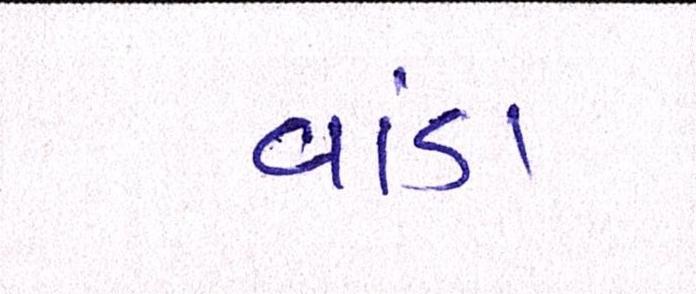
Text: વાંડા